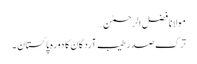
مولانا فضل الرحمٰن…
ترک صدر طیب آردگان کا دورہ پاکستان ۔